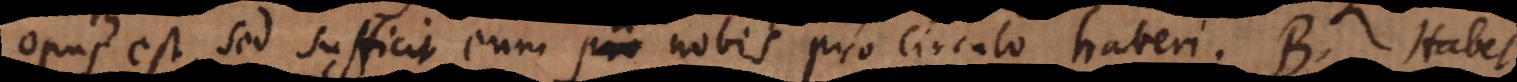
opus est, sed sufficit eum a nobis pro circulo haberi. B. Habet